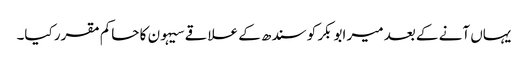
یہاں آنے کے بعد میر ابوبکر کو سندھ کے علاقے سیہون کا حاکم مقرر کیا۔